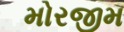
મોરજીમ